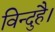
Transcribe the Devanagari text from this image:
विन्दुहै।